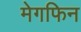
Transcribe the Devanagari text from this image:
मेगफिन